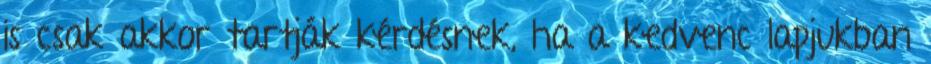
is csak akkor tartják kérdésnek, ha a kedvenc lapjukban